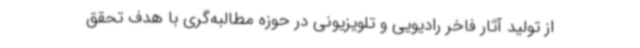
از تولید آثار فاخر رادیویی و تلویزیونی در حوزه مطالبه‌گری با هدف تحقق